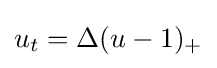
u_{t}=\Delta (u-1)_{+}